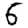
Digit: 6